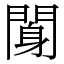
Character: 𨉖